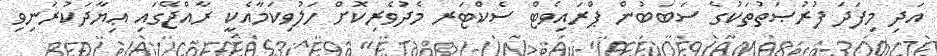
އަދި މިފަދަ ފުރުޞަތުތަކުގެ ސަބަބުން ޕްރައިވެޓް ސެކްޓަރ މެދުވެރިކޮށް ހަލުވިކަމާއެކީ ރާއްޖޭގައި ޢިޔާދަކުރަނިވި